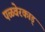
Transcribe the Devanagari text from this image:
पळवेरकाड्